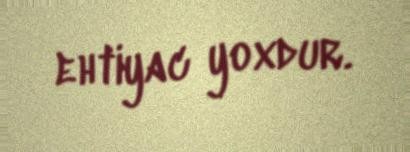
ehtiyac yoxdur.